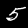
Digit: 5